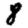
Digit: 8